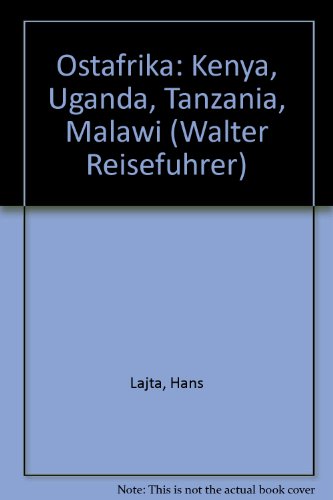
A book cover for Ostafrika: Kenya, Uganda, Tanzania, Malawi (Walter Reisefuhrer) (German Edition); Hans Lajta; Travel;